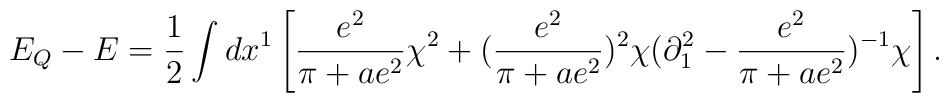
E_Q -E ={1\over 2}\int dx^1\left[{e^2\over \pi+ae^2}\chi^2 +({e^2\over\pi      +ae^2})^2\chi(\partial_1^2      -{e^2\over      \pi+ae^2})^{-1}\chi\right].